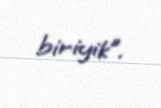
biriyik”.